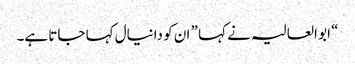
“ ابو العالیہ نے کہا ” ان کو دانیال کہا جاتا ہے۔